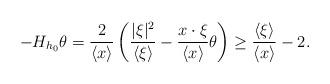
LaTeX: \begin{align*}-H_{h_0}\theta=\frac{2}{\langle x\rangle}\left(\frac{|\xi|^2}{\langle \xi\rangle}-\frac{x\cdot\xi}{\langle x\rangle}\theta\right)\geq \frac{\langle \xi\rangle}{\langle x\rangle}-2.\end{align*}